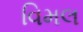
વિમલ